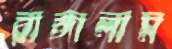
রাঙ্গালাম